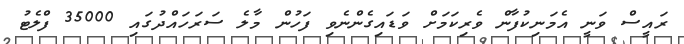
ރައީސް ވަނީ އެމަނިކުފާން ވެރިކަމަށް ވަޑައިގެންނެވި ފަހުން މާލެ ސަރަަހައްދުގައި 35000 ފްލެޓު